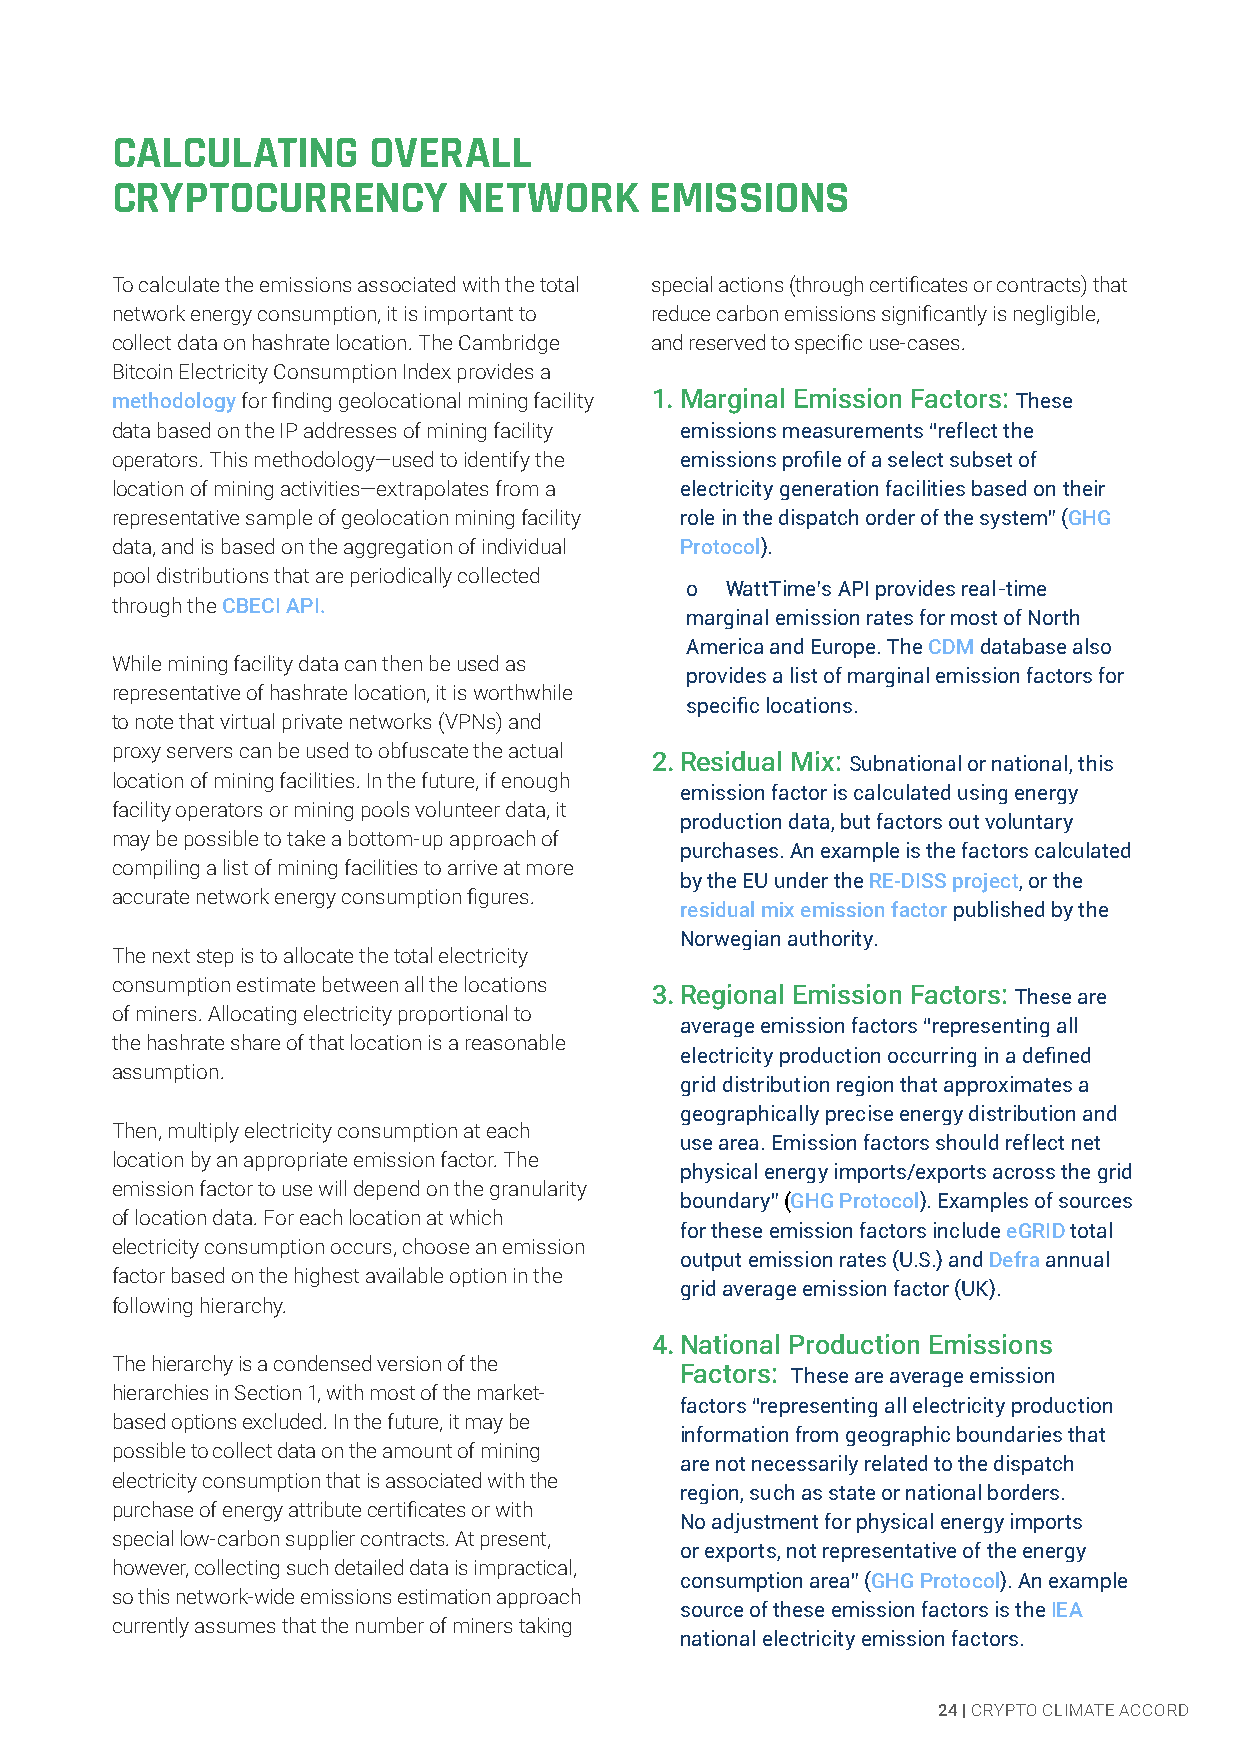
CALCULATING      OVERALL
 CRYPTOCURRENCY         NETWORK      EMISSIONS
 To calculate the emissions associated with the total special actions (through certificates or contracts) that
 network energy consumption, it is important to reduce carbon emissions significantly is negligible,
 collect data on hashrate location. The Cambridge and reserved to specific use-cases.
 Bitcoin Electricity Consumption Index provides a
 methodology for finding geolocational mining facility 1. Marginal Emission Factors: These
 data based on the IP addresses of mining facility emissions measurements “reflect the
 operators. This methodology—used to identify the emissions profile of a select subset of
 location of mining activities—extrapolates from a electricity generation facilities based on their
 representative sample of geolocation mining facility role in the dispatch order of the system” (GHG
 data, and is based on the aggregation of individual Protocol).
 pool distributions that are periodically collected
 o  WattTime’s API provides real-time
 through the CBECI API.
 marginal emission rates for most of North
 America and Europe. The CDM database also
 While mining facility data can then be used as
 provides a list of marginal emission factors for
 representative of hashrate location, it is worthwhile
 specific locations.
 to note that virtual private networks (VPNs) and
 proxy servers can be used to obfuscate the actual
 2. Residual Mix: Subnational or national, this
 location of mining facilities. In the future, if enough
 emission factor is calculated using energy
 facility operators or mining pools volunteer data, it
 production data, but factors out voluntary
 may be possible to take a bottom-up approach of
 purchases. An example is the factors calculated
 compiling a list of mining facilities to arrive at more
 by the EU under the RE-DISS project, or the
 accurate network energy consumption figures.
 residual mix emission factor published by the
 Norwegian authority.
 The next step is to allocate the total electricity
 consumption estimate between all the locations
 3. Regional Emission Factors: These are
 of miners. Allocating electricity proportional to
 average emission factors “representing all
 the hashrate share of that location is a reasonable
 electricity production occurring in a defined
 assumption.
 grid distribution region that approximates a
 geographically precise energy distribution and
 Then, multiply electricity consumption at each
 use area. Emission factors should reflect net
 location by an appropriate emission factor. The
 physical energy imports/exports across the grid
 emission factor to use will depend on the granularity
 boundary” (GHG Protocol). Examples of sources
 of location data. For each location at which
 for these emission factors include eGRID total
 electricity consumption occurs, choose an emission
 output emission rates (U.S.) and Defra annual
 factor based on the highest available option in the
 grid average emission factor (UK).
 following hierarchy.
 4. National Production Emissions
 The hierarchy is a condensed version of the
 Factors: These are average emission
 hierarchies in Section 1, with most of the market-
 factors “representing all electricity production
 based options excluded. In the future, it may be
 information from geographic boundaries that
 possible to collect data on the amount of mining
 are not necessarily related to the dispatch
 electricity consumption that is associated with the
 region, such as state or national borders.
 purchase of energy attribute certificates or with
 No adjustment for physical energy imports
 special low-carbon supplier contracts. At present,
 or exports, not representative of the energy
 however, collecting such detailed data is impractical,
 consumption area” (GHG Protocol). An example
 so this network-wide emissions estimation approach
 source of these emission factors is the IEA
 currently assumes that the number of miners taking
 national electricity emission factors.
 24 | CRYPTO CLIMATE ACCORD